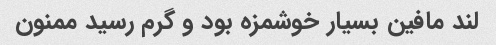
لند مافین بسیار خوشمزه بود و گرم رسید ممنون